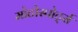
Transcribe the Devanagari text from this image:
मोटोस्पोर्ट्स